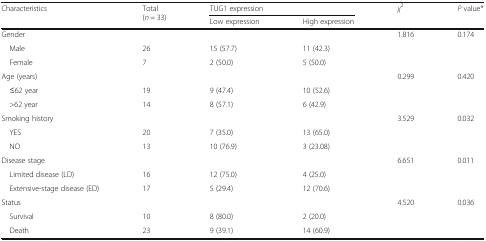
<table><thead><tr><td rowspan="2"><b>Characteristics</b></td><td rowspan="2"><b>Total (<i>n</i> = 33)</b></td><td colspan="2"><b>TUG1 expression</b></td><td rowspan="2"><b><i>χ</i><sup>2</sup></b></td><td rowspan="2"><b><i>P</i> value*</b></td></tr><tr><td><b>Low expression</b></td><td><b>High expression</b></td></tr></thead><tbody><tr><td>Gender</td><td></td><td></td><td></td><td>1.816</td><td>0.174</td></tr><tr><td> Male</td><td>26</td><td>15 (57.7)</td><td>11 (42.3)</td><td></td><td></td></tr><tr><td> Female</td><td>7</td><td>2 (50.0)</td><td>5 (50.0)</td><td></td><td></td></tr><tr><td>Age (years)</td><td></td><td></td><td></td><td>0.299</td><td>0.420</td></tr><tr><td> ≤62 year</td><td>19</td><td>9 (47.4)</td><td>10 (52.6)</td><td></td><td></td></tr><tr><td> &gt;62 year</td><td>14</td><td>8 (57.1)</td><td>6 (42.9)</td><td></td><td></td></tr><tr><td>Smoking history</td><td></td><td></td><td></td><td>3.529</td><td>0.032</td></tr><tr><td> YES</td><td>20</td><td>7 (35.0)</td><td>13 (65.0)</td><td></td><td></td></tr><tr><td> NO</td><td>13</td><td>10 (76.9)</td><td>3 (23.08)</td><td></td><td></td></tr><tr><td>Disease stage</td><td></td><td></td><td></td><td>6.651</td><td>0.011</td></tr><tr><td> Limited disease (LD)</td><td>16</td><td>12 (75.0)</td><td>4 (25.0)</td><td></td><td></td></tr><tr><td> Extensive-stage disease (ED)</td><td>17</td><td>5 (29.4)</td><td>12 (70.6)</td><td></td><td></td></tr><tr><td>Status</td><td></td><td></td><td></td><td>4.520</td><td>0.036</td></tr><tr><td> Survival</td><td>10</td><td>8 (80.0)</td><td>2 (20.0)</td><td></td><td></td></tr><tr><td> Death</td><td>23</td><td>9 (39.1)</td><td>14 (60.9)</td><td></td><td></td></tr></tbody></table>